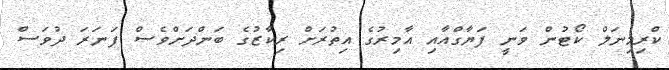
ކްރިމިނަލް ކޯޓުން ވަނީ ފަޔާގްއާއި އާމިރުގެ އިތުރަށް ރިކާޒުގެ ބަންދަށްވެސް ފަނަރަ ދުވަސް